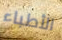
الأطباء